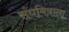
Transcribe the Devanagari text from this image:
संघमित्राला